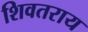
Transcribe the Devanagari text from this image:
शिवतराय